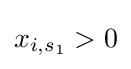
x_{i,s_{1}}>0